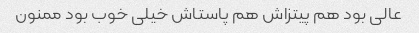
عالی بود هم پیتزاش هم پاستاش خیلی خوب بود ممنون